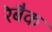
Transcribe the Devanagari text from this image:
रेबैक